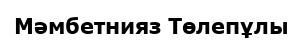
Мәмбетнияз Төлепұлы